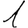
Digit: 1